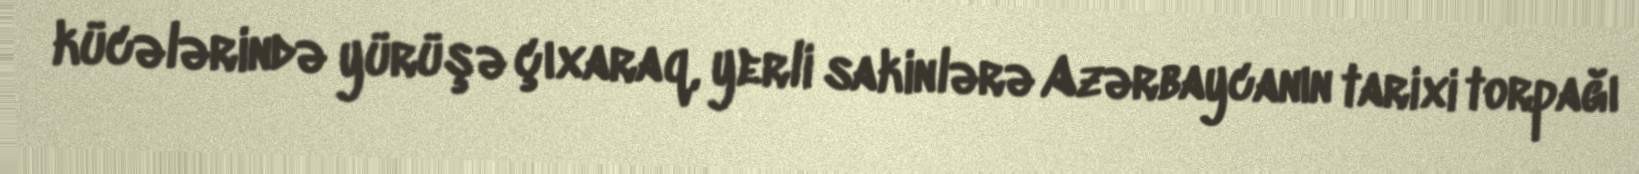
kücələrində yürüşə çıxaraq, yerli sakinlərə Azərbaycanın tarixi torpağı